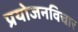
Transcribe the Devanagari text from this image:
प्रयोजनविचार